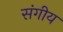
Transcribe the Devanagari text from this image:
संगीय